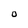
Character: O